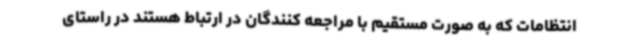
انتظامات که به صورت مستقیم با مراجعه کنندگان در ارتباط هستند در راستای